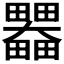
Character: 𤴄